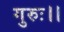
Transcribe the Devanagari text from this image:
गुरुः।।